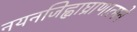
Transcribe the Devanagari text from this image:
नयनजिह्वाघ्राणात्मने